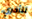
تتأخري